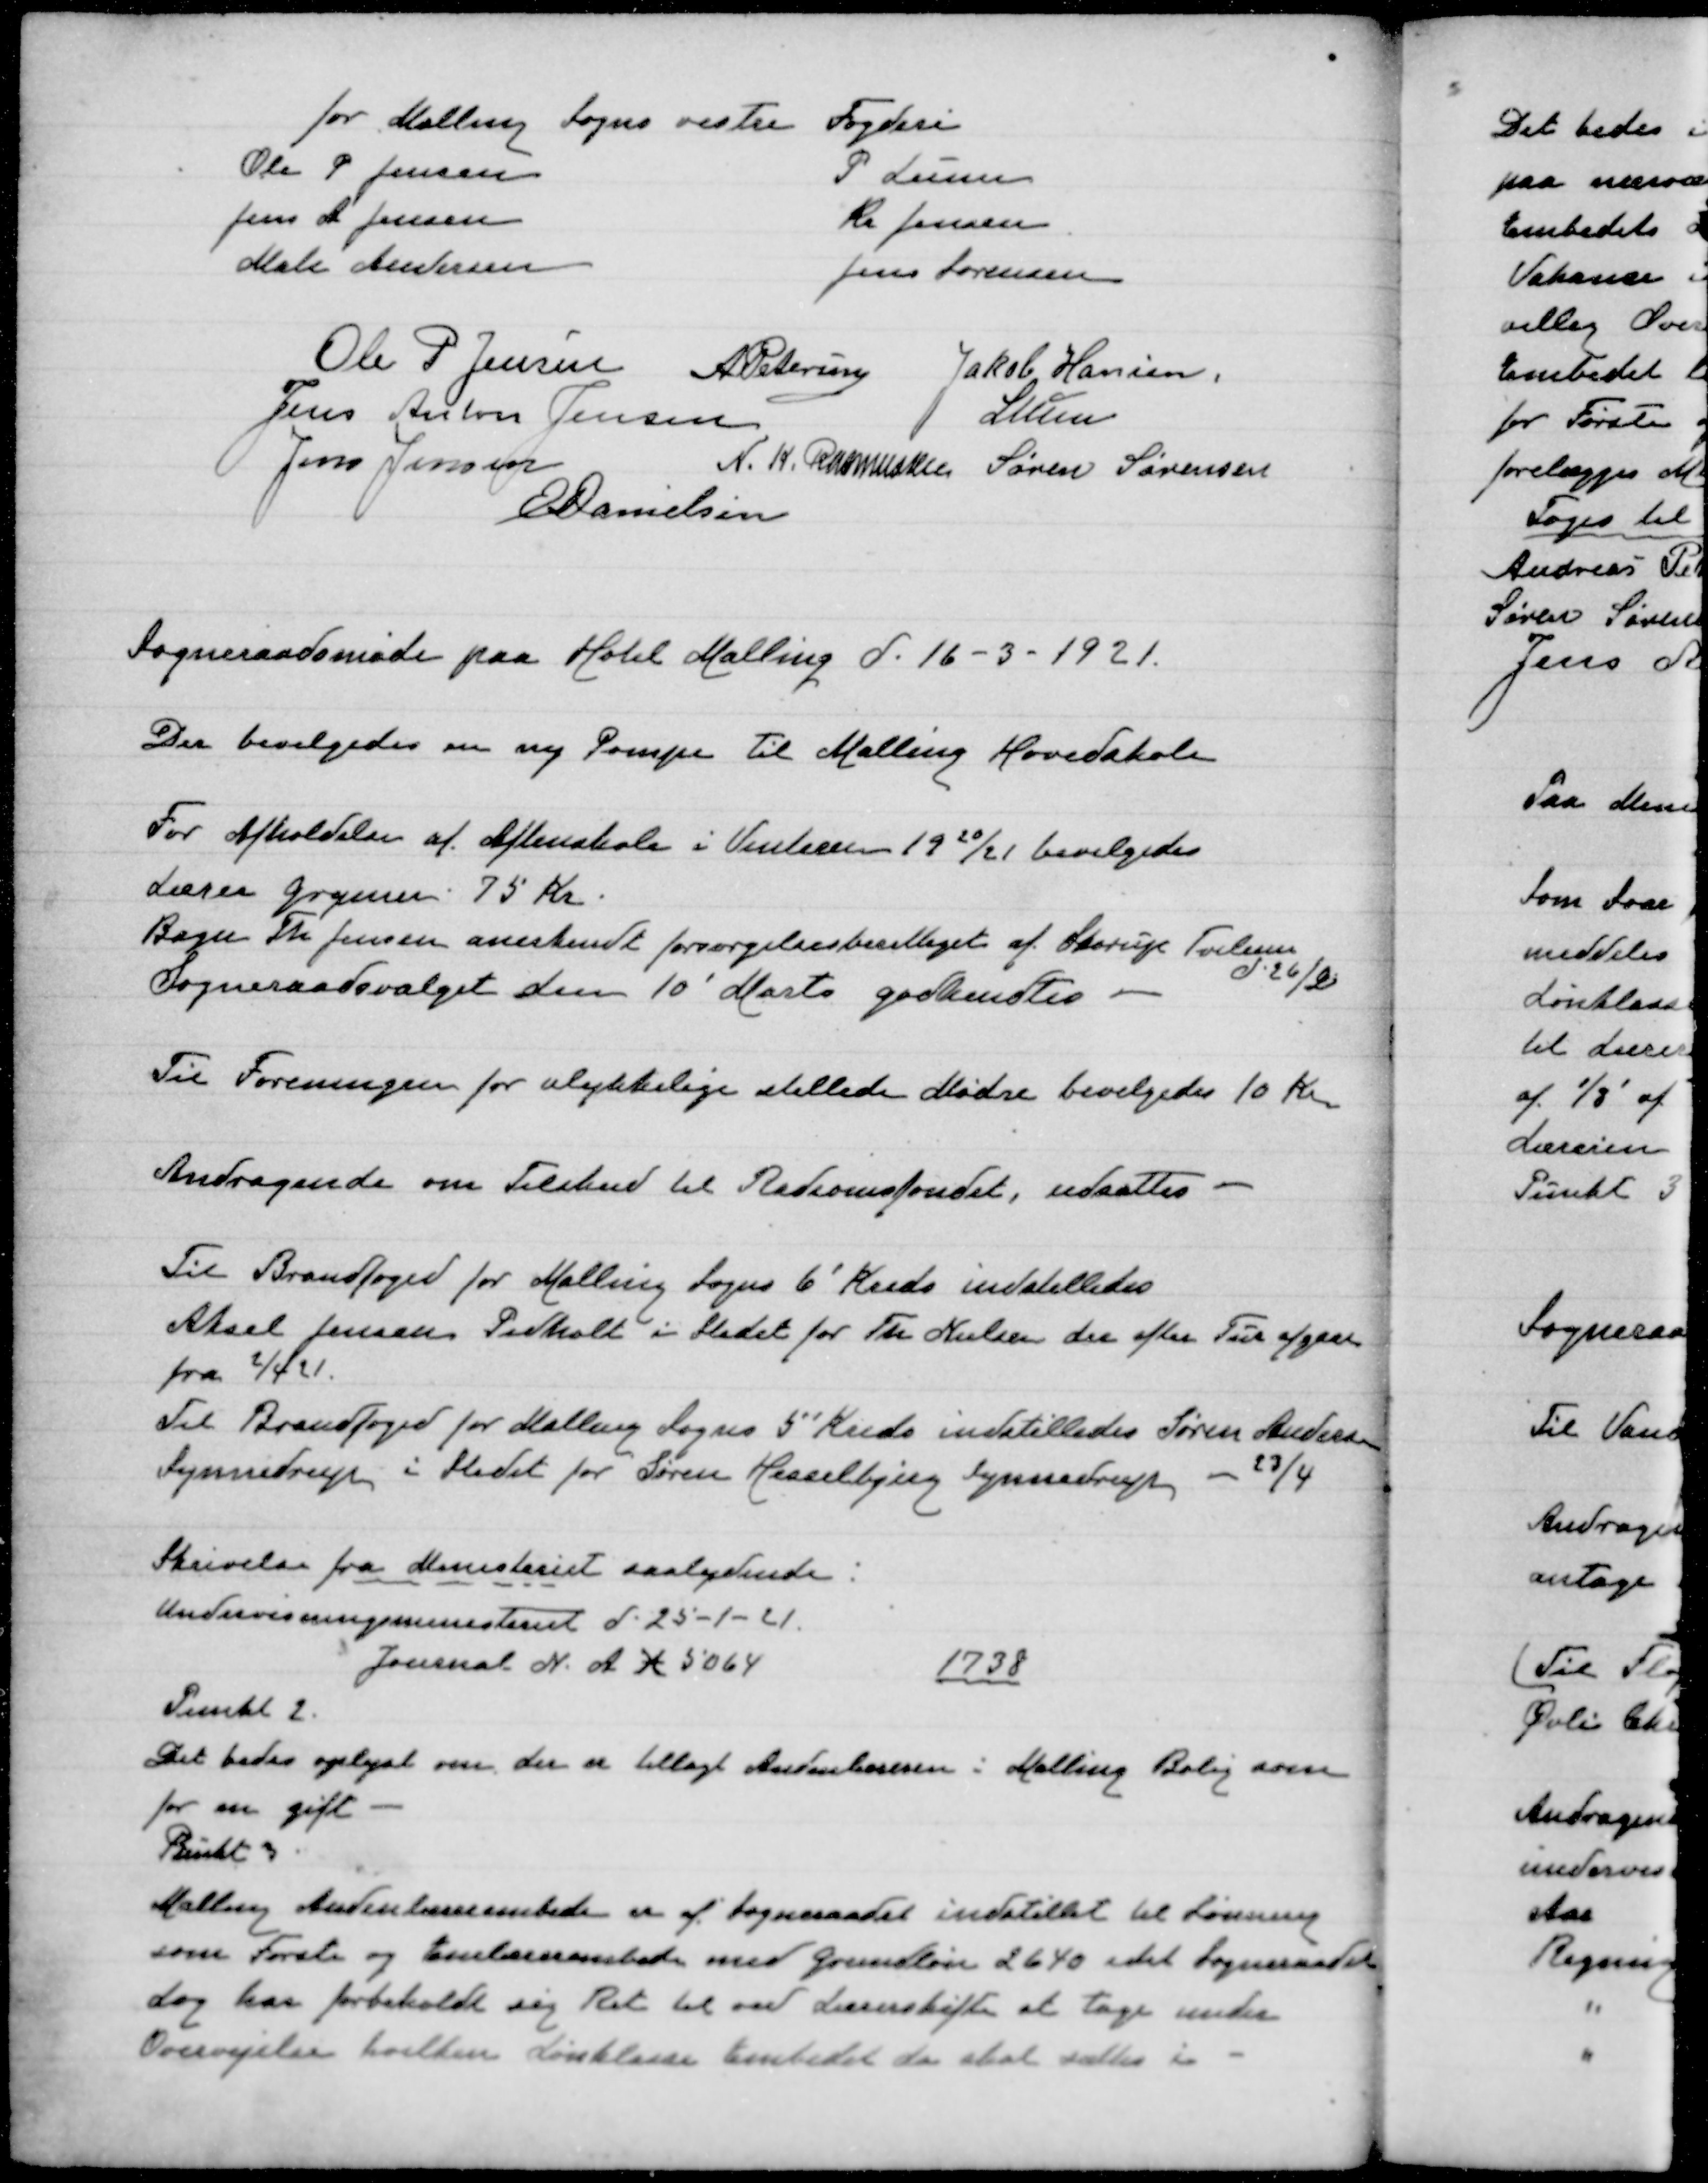
Transskription:
for Malling Sogns vestre Fogderi
Ole P Jensen
P Lunn
Jens A Jensen
Kr. Jensen
Ma Andersen
Jens Sørensen

Ole P Jensen
A Petersen
Jakob Hansen,
Jens Anton Jensen
Lunn
Jens Jensen
N. K. Rasmussen
Søren Sørensen
E Danielsen

Sogneraadsmøde paa Hotel Malling d. 16-3-1921.

Der bevilgedes en ny Pompe til Malling Hovedskole

For Afholdelse af Aftenskole i Vinteren 1920/21 bevilgedes
Lærer Grgersen 75 Kr.
Bager Th Jensen anerkendt forsørgelsesberettiget af Skorup Tvilum
d. 26/2
Sogneraadsvalget den 10' Marts godkendtes

Til Foreningen for ulykkelige stillede Mødre bevilgedes 10 Kr

Andragende om Tilskud til fondet, udsattes

Til Brandfoged for Malling Sogns 6' Kreds indstilledes
Aksel Jensen Pedholt i Stedet for Th Nielsen der efter Th afgaar
fra 2/4 21
Til Brandfoged for Malling Sogns 5' Kreds indstilledes Søren Anders
Synnedrup i stedet for Søren Hesselbjerg Synnedrup
23/4

Skrivelse fra Ministeriet saalydende:
Undervisningsministeriet d. 25-1-21
Journal N. A.X 5064
1738
Punkt 2
Det bedes oplyst om der er tillagt Andenlæreren i Malling
for en gift
Punkt 3
Malling Andenlærerembede er af Sogneraadet indstillet til Lønning
som Første og Enelærerembede med Grundløn 2640 idet Sogneraadet
dog har forbeholdt sig Ret til ved Lærerskifte at tage under
Overvejelse hvilken Lønklasse Embedet der skal sættes i